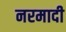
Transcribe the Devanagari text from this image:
नरमादी